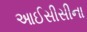
આઈસીસીના